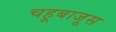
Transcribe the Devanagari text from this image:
चहूबाजूस